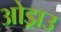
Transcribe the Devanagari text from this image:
ओड्राउ